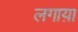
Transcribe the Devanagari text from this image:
लगाय़ा